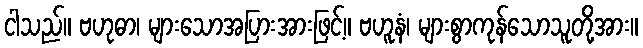
ငါသည်။ ဗဟုဓာ၊ များသောအပြားအားဖြင့်။ ဗဟူနံ၊ များစွာကုန်သောသူတို့အား။